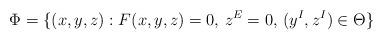
LaTeX: \begin{align*}\Phi=\{(x,y,z): F(x,y,z)=0,\, z^E=0,\, (y^I, z^I)\in \Theta\}\end{align*}